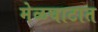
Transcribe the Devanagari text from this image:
मेळघाटात